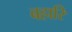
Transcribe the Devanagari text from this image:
बहारि